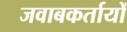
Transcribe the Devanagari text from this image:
जवाबकर्तायों